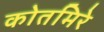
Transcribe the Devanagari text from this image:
कोतमिरे